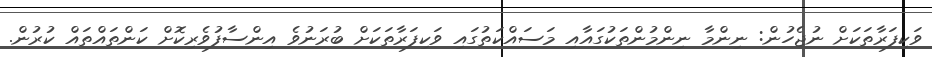
ވަކިފަރާތަކަށް ނުޖެހުން: ނިންމާ ނިންމުންތަކުގައާއި މަސައްކަތުގައި ވަކިފަރާތަކަށް ބުރަނުވެ އިންސާފުވެރިކޮށް ކަންތައްތައް ކުރުން.